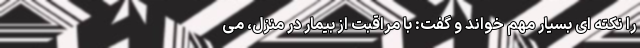
را نکته ای بسیار مهم خواند و گفت: با مراقبت از بیمار در منزل، می